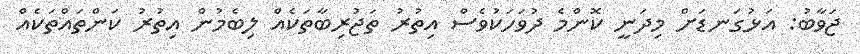
ޖަވާބު: އަޅުގަނޑަށް މިދަނީ ކޮންމެ ދުވަހަކުވެސް އިތުރު ތަޖުރިބާތަކެއް ލިބެމުން އިތުރު ކަންތައްތަކެއް